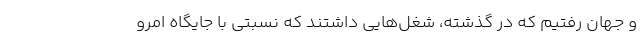
و جهان رفتیم که در گذشته، شغل‌هایی داشتند که نسبتی با جایگاه امرو